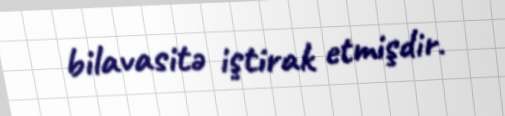
bilavasitə iştirak etmişdir.